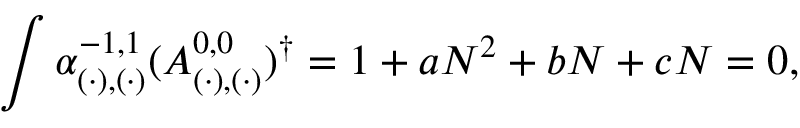
\int \alpha _ { ( \cdot ) , ( \cdot ) } ^ { - 1 , 1 } ( A _ { ( \cdot ) , ( \cdot ) } ^ { 0 , 0 } ) ^ { \dagger } = 1 + a N ^ { 2 } + b N + c N = 0 ,